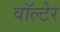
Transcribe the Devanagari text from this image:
वॉल्टेर